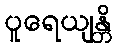
ပူရေယျန္တိ